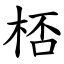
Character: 桮